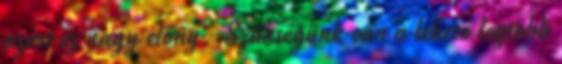
azért ez nagy előny. Szükségünk van a lehető legtöbb